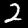
Digit: 2